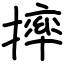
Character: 摔